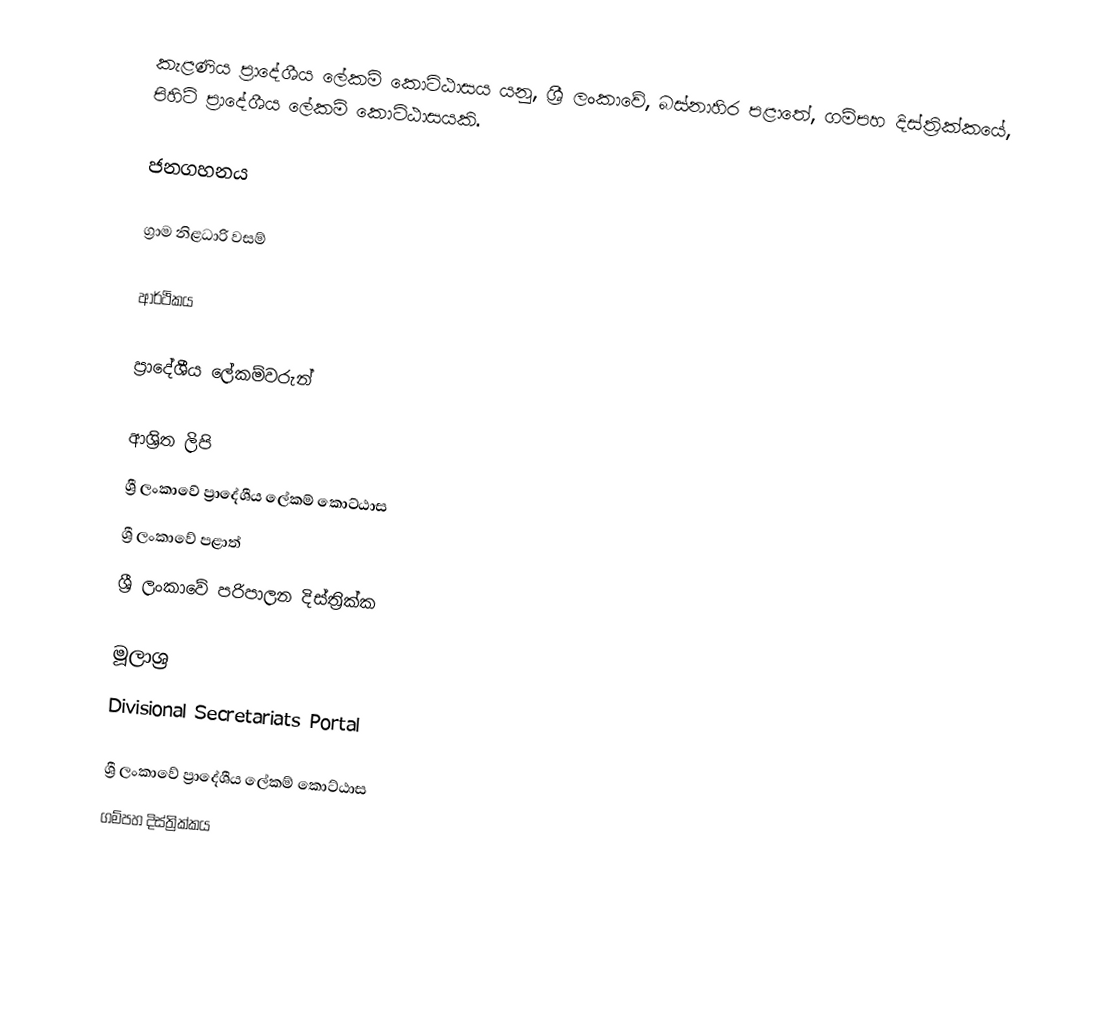
කැළණිය ප්‍රාදේශීය ලේකම් කොට්ඨාසය යනු,  ශ්‍රී ලංකාවේ, බස්නාහිර පළාතේ,   ගම්පහ දිස්ත්‍රික්කයේ, පිහිටි ප්‍රාදේශීය ලේකම් කොට්ඨාසයකි.

ජනගහනය

ග්‍රාම නිළධාරි වසම්

ආර්ථිකය

ප්‍රාදේශීය ලේකම්වරුන්

ආශ්‍රිත ලිපි
ශ්‍රී ලංකාවේ ප්‍රාදේශීය ලේකම් කොට්ඨාස
ශ්‍රී ලංකාවේ පළාත්
ශ්‍රී ලංකාවේ පරිපාලන දිස්ත්‍රික්ක

මූලාශ්‍ර
 Divisional Secretariats Portal

ශ්‍රී ලංකාවේ ප්‍රාදේශීය ලේකම් කොට්ඨාස
ගම්පහ දිස්ත්‍රික්කය